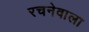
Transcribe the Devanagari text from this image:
रचनेवाला